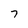
Character: 7